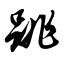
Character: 跳